Vaccination Hyderabad 1872-1889 - 1872-1889
Year: 1872
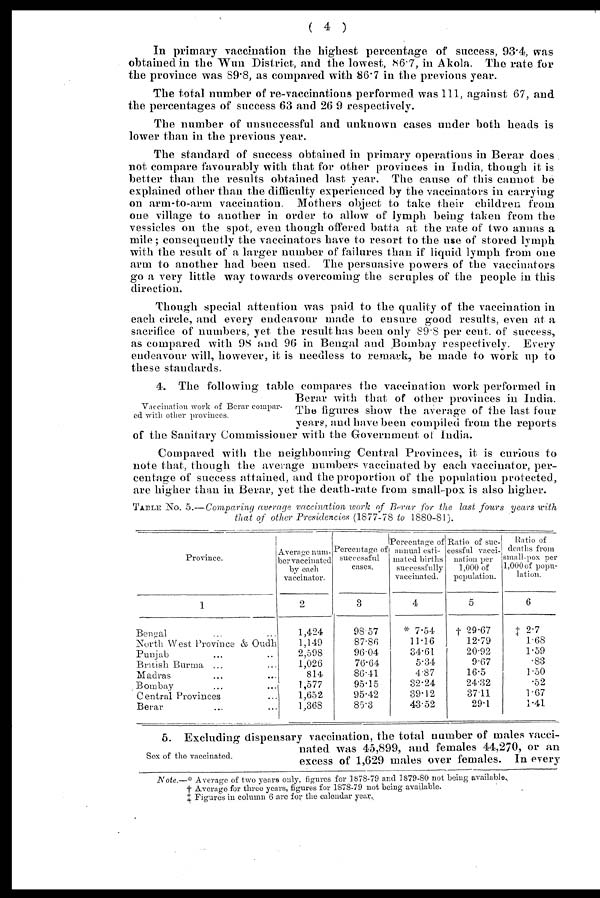
( 4 )
In primary vaccination the highest percentage of success, 93.4, was
obtained in the Wun District, and the lowest, 86.7, in Akola. The rate for
the province was 89.8, as compared with 86.7 in the previous year.
The total number of re-vaccinations performed was 111, against 67, and
the percentages of success 63 and 26.9 respectively.
The number of unsuccessful and unknown cases under both heads is
lower than in the previous year.
The standard of success obtained in primary operations in Berar does
not compare favourably with that for other provinces in India, though it is
better than the results obtained last year. The cause of this cannot be
explained other than the difficulty experienced by the vaccinators in carrying
on arm-to-arm vaccination. Mothers object to take their children from
one village to another in order to allow of lymph being taken from the
vessicles on the spot, even though offered batta at the rate of two annas a
mile; consequently the vaccinators have to resort to the use of stored lymph
with the result of a larger number of failures than if liquid lymph from one
arm to another had been used. The persuasive powers of the vaccinators
go a very little way towards overcoming the scruples of the people in this
direction.
Though special attention was paid to the quality of the vaccination in
each circle, and every endeavour made to ensure good results, even at a
sacrifice of numbers, yet the result has been only 89.8 per cent. of success,
as compared with 98 and 96 in Bengal and Bombay respectively. Every
endeavour will, however, it is needless to remark, be made to work up to
these standards.
Vaccination work of Berar compar-
ed with other provinces.
4. The following table compares the vaccination work performed in
Berar with that of other provinces in India.
The figures show the average of the last four
years, and have been compiled from the reports
of the Sanitary Commissioner with the Government of India.
Compared with the neighbouring Central Provinces, it. is curious to
note that, though the average numbers vaccinated by each vaccinator, per-
centage of success attained, and the proportion of the population protected,
are higher than in Berar, yet the death-rate from small-pox is also higher.
TABLE NO. 5.— Comparing average vaccination work of Berar for the last fours
years with
that of other Presidencies (1877-78 to 1880-81).
Province.
1
Bengal ... ...
North West Province & Oudh
Punjab ... ...
British Burma ... ...
Madras ... ...
Bombay ... ...
Central Provinces ...
Berar ... ...
Average num-
ber vaccinated
by each
vaccinator.
2
1,424
1,149
2,598
1,026
814
1,577
1,652
1,368
Percentage of
successful
cases.
3
98.57
87.86
96.04
76.64
86.41
95.15
95.42
85.3
Percentage of
annual esti-
mated births
successfully
vaccinated.
4
* 7.54
11.16
34.61
5.34
4.87
32.24
39.12
43.52
Ratio of suc-
cessful vacci-
nation per
1,000 of
population.
5
† 20.67
12.79
20.92
9.67
16.5
24.32
37.11
29.1
Ratio of
deaths from
small-pox per
1,000 of popu-
lation.
6
‡ 2.7
1.68
1.59
.83
1.50
.52
1.67
1.41
Sex of the vaccinated.
5. Excluding dispensary vaccination, the total number of males vacci-
nated was 45,899, and females 44,270, or an
excess of 1,629 males over females. In every
Note.—* Average of two years only, figures for 1878-79 and 1879-80 not being available.
† Average for three years, figures for 1878-79 not being available.
‡ Figures in column 6 are for the calendar year.